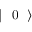
\mathrm { ~ \ensuremath ~ { ~ \vert ~ \mathrm { ~ 0 ~ } ~ \rangle ~ } ~ }